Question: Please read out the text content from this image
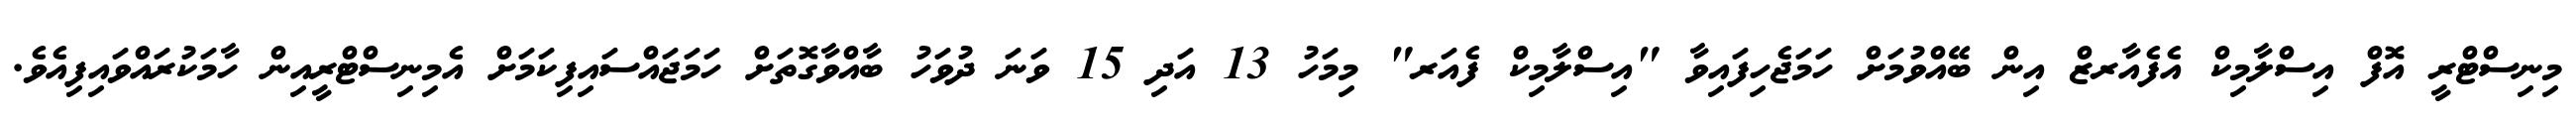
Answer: މިނިސްޓްރީ އޮފް އިސްލާމިކް އެފެއާރޒް އިން ބޭއްވުމަށް ހަމަޖެހިފައިވާ "އިސްލާމިކް ފެއަރ" މިމަހު 13 އަދި 15 ވަނަ ދުވަހު ބާއްވާގޮތަށް ހަމަޖައްސައިފިކަމަށް އެމިނިސްޓްރީއިން ހާމަކުރައްވައިފިއެވެ.